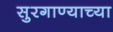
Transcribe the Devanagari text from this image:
सुरगाण्याच्या